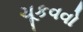
ચૂકવવો